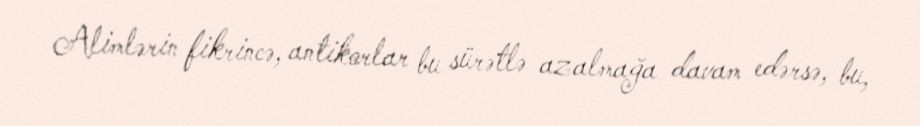
Alimlərin fikrincə, antikorlar bu sürətlə azalmağa davam edərsə, bu,